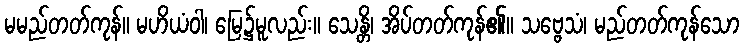
မမည်တတ်ကုန်။ မဟိယံဝါ၊ မြေ၌မူလည်း။ သေန္တိ၊ အိပ်တတ်ကုန်၏။ သဗ္ဗေသံ၊ မည်တတ်ကုန်သော